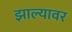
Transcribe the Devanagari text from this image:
झाल्‍यावर